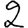
Digit: 2